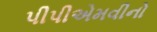
પીપીએમવીનો